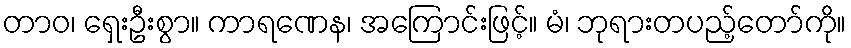
တာဝ၊ ရှေးဦးစွာ။ ကာရဏေန၊ အကြောင်းဖြင့်။ မံ၊ ဘုရားတပည့်တော်ကို။